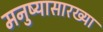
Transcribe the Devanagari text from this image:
मनुष्यासारख्या